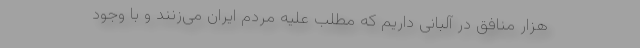
هزار منافق در آلبانی داریم که مطلب علیه مردم ایران می‌زنند و با وجود